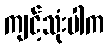
ကျင့်သုံးပါက